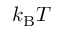
k _ { \mathrm { B } } T